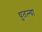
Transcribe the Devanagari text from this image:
धुतल्या